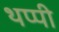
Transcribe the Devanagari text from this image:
थप्पी